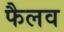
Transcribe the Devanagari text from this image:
फैलव